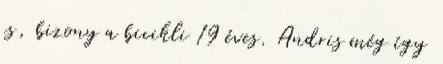
is, bizony a bicikli 19 éves. Andris még így